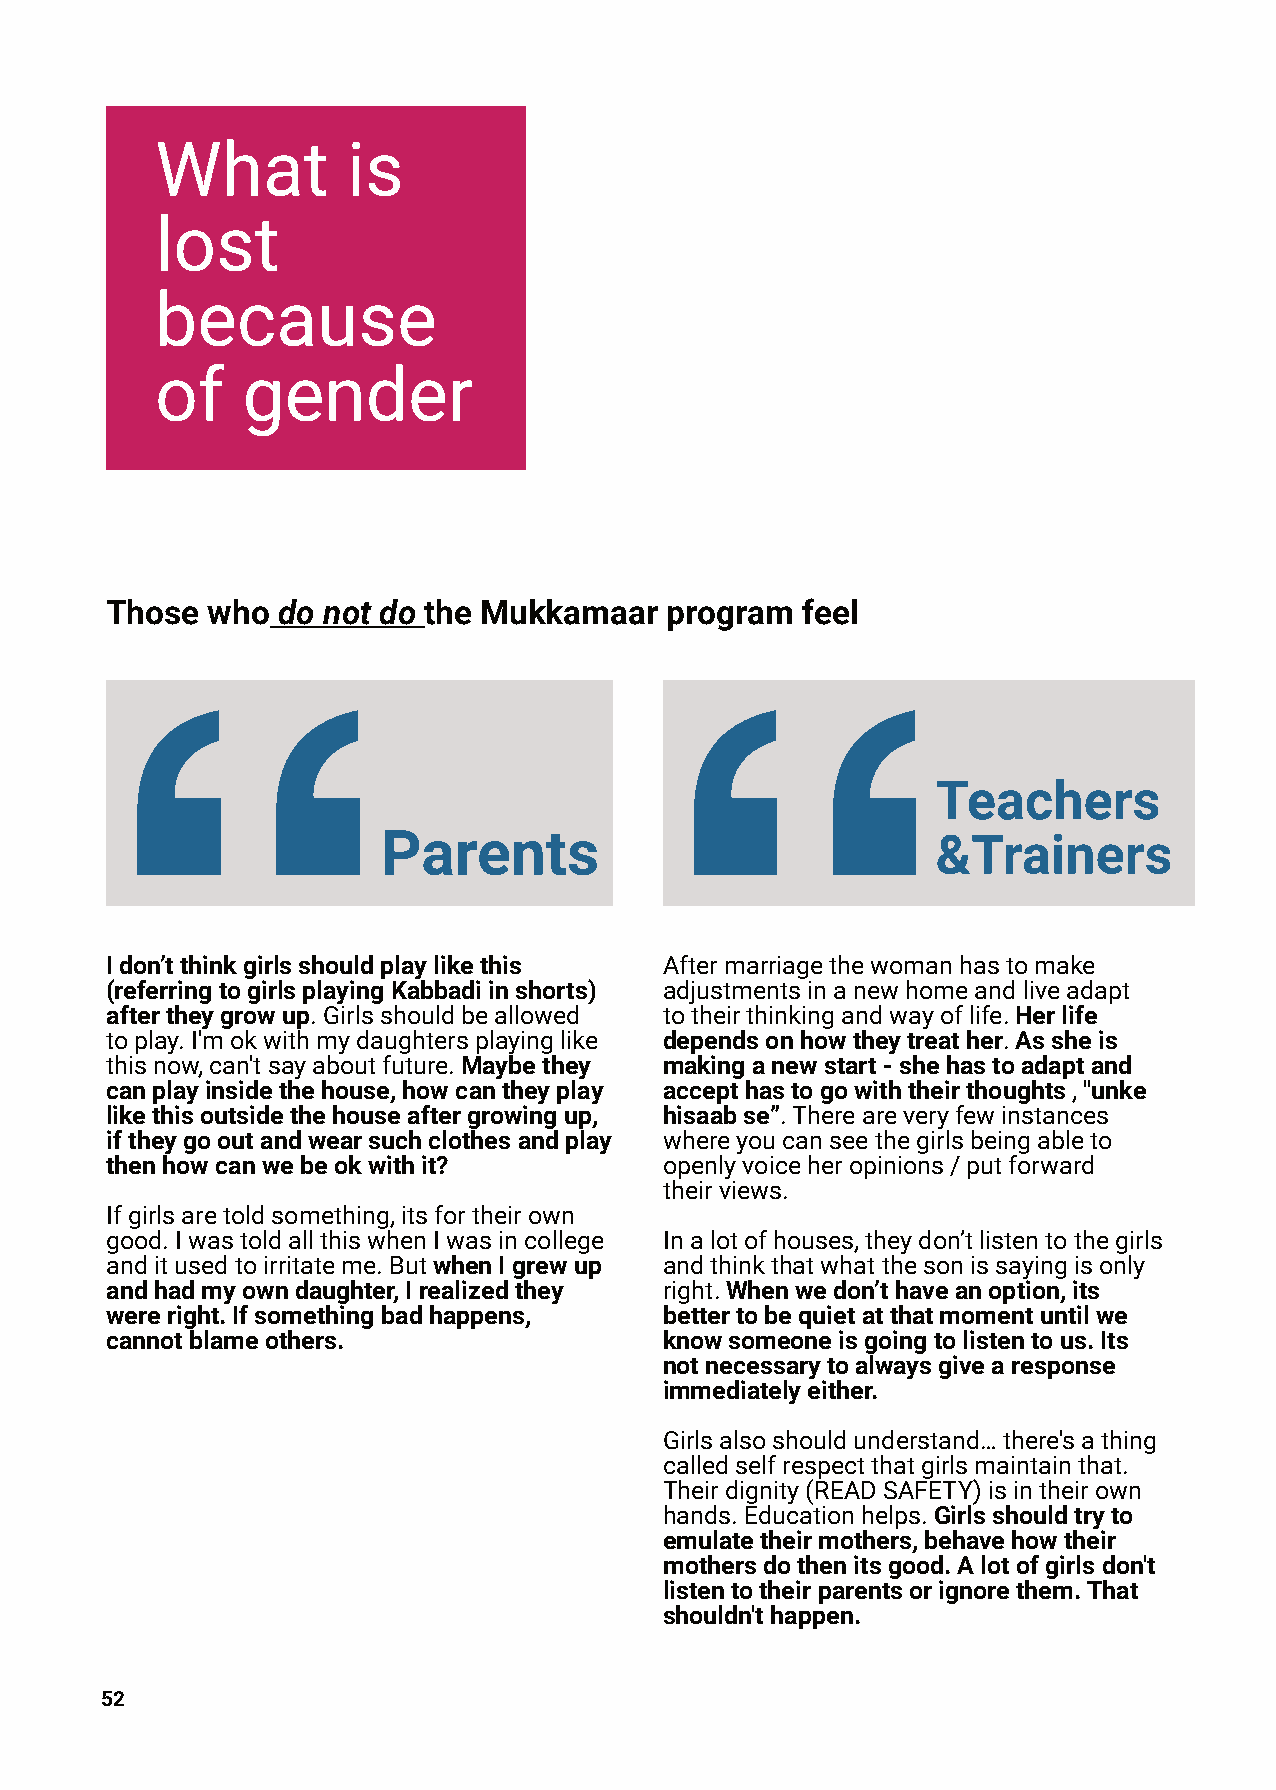
What         is
 lost
 because
 of    gender
 Those  who do not do the Mukkamaar   program  feel
 Teachers
 Parents                              &Trainers
 Idon’tthinkgirlsshouldplaylikethis   Aftermarriagethewomanhastomake
 (referringtogirlsplayingKabbadiinshorts) adjustmentsinanewhomeandliveadapt
 aftertheygrowup.Girlsshouldbeallowed totheirthinkingandwayoflife.Herlife
 toplay.I'mokwithmydaughtersplayinglike dependsonhowtheytreather.Assheis
 thisnow,can'tsayaboutfuture.Maybethey makinganewstart-shehastoadaptand
 canplayinsidethehouse,howcantheyplay accepthastogowiththeirthoughts,"unke
 likethisoutsidethehouseaftergrowingup, hisaabse”.Thereareveryfewinstances
 iftheygooutandwearsuchclothesandplay whereyoucanseethegirlsbeingableto
 thenhowcanwebeokwithit?              openlyvoiceheropinions/putforward
 theirviews.
 Ifgirlsaretoldsomething,itsfortheirown
 good.IwastoldallthiswhenIwasincollege Inalotofhouses,theydon’tlistentothegirls
 anditusedtoirritateme.ButwhenIgrewup andthinkthatwhatthesonissayingisonly
 andhadmyowndaughter,Irealizedthey    right.Whenwedon’thaveanoption,its
 wereright.Ifsomethingbadhappens,     bettertobequietatthatmomentuntilwe
 cannotblameothers.                   knowsomeoneisgoingtolistentous.Its
 notnecessarytoalwaysgivearesponse
 immediatelyeither.
 Girlsalsoshouldunderstand…there'sathing
 calledselfrespectthatgirlsmaintainthat.
 Theirdignity(READSAFETY)isintheirown
 hands.Educationhelps.Girlsshouldtryto
 emulatetheirmothers,behavehowtheir
 mothersdothenitsgood.Alotofgirlsdon't
 listentotheirparentsorignorethem.That
 shouldn'thappen.
 52